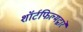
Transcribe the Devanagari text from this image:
शॉर्टफिल्मद्वारे